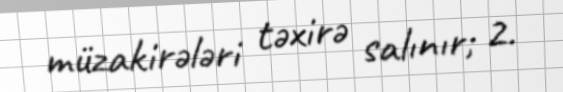
müzakirələri təxirə salınır; 2.